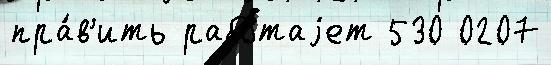
пра́в'ить рабо́таjет 530 0207